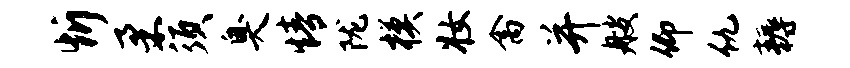
忻柔须臭情陇模妆禽并艘仰仇耨